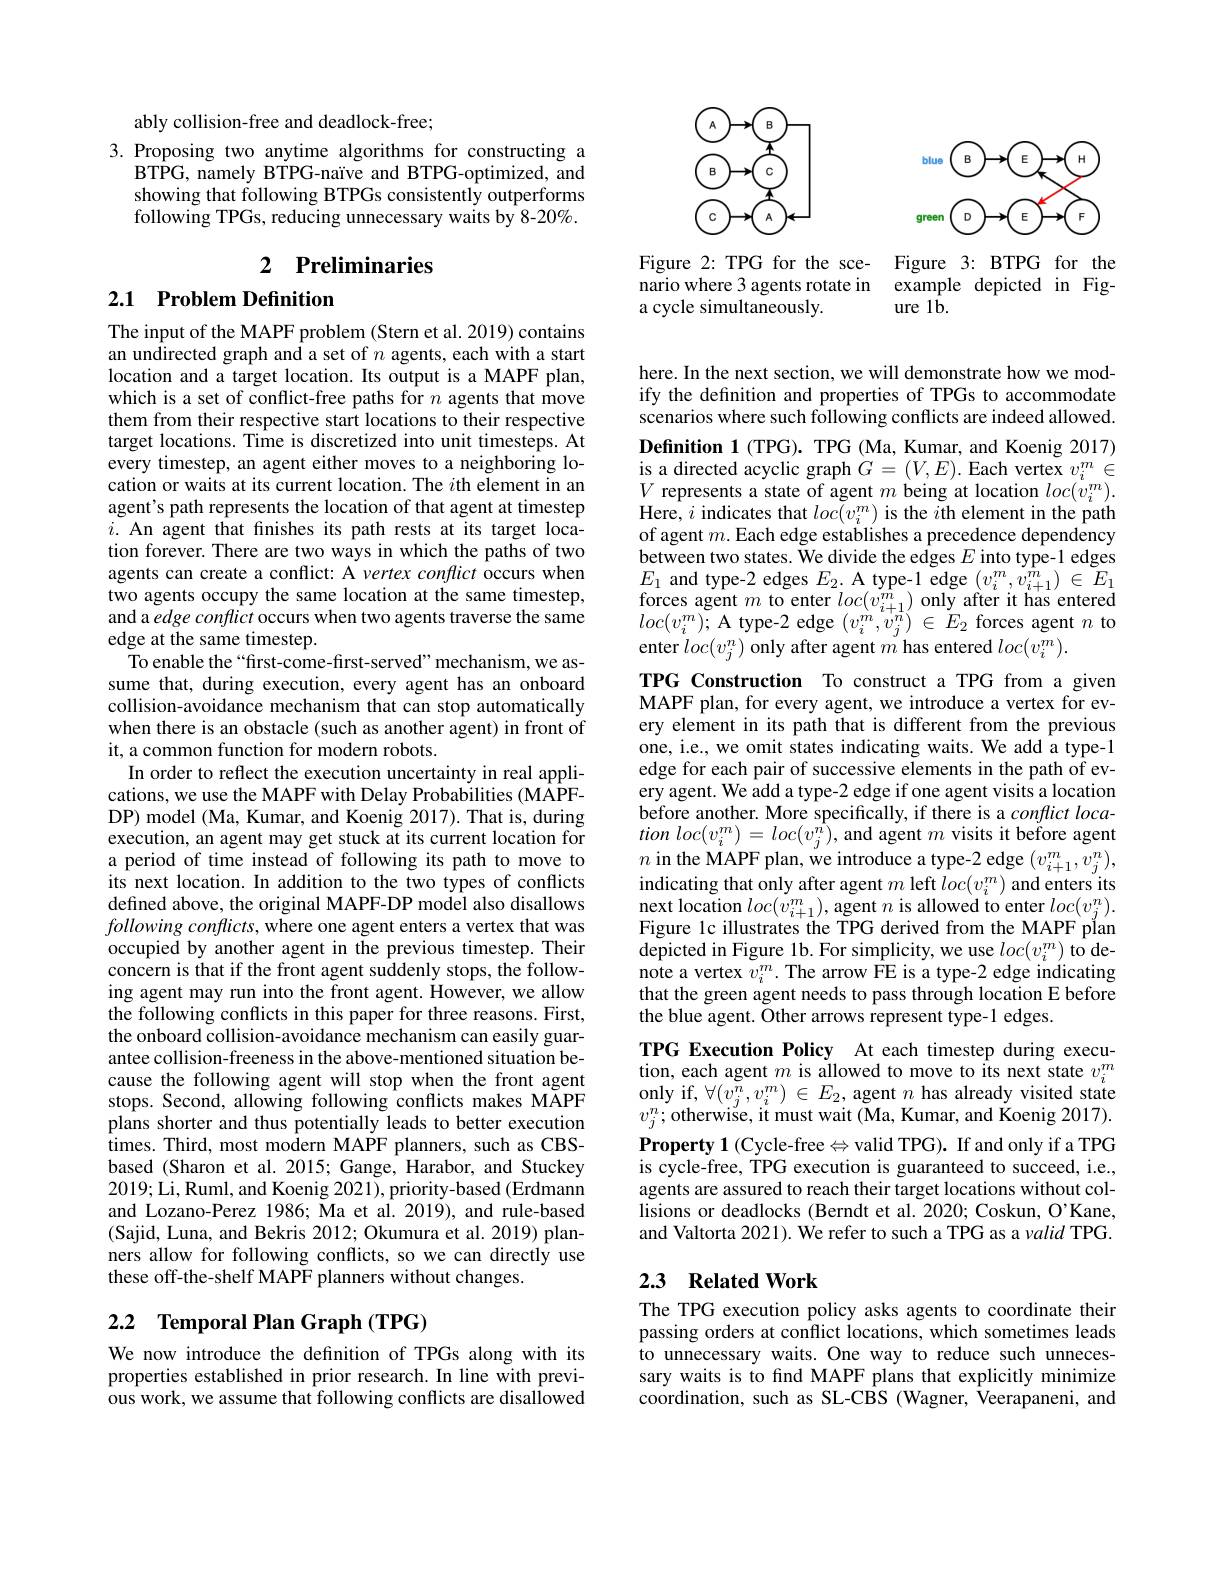
<FigureHere>

Figure 2: TPG for the sce-
nario where 3 agents rotate in example depicted in Fig-
a cycle simultaneously.

<FigureHere>

Figure 3: BTPG for the
ure 1$\hat{\mathbf{b}}.$

ably collision-free and deadlock-free;

3. Proposing two anytime algorithms for constructing a
BTPG, namely BTPG-naïve and BTPG-optimized, and showing that following BTPGs consistently outperforms following TPGs, reducing unnecessary waits by 8-20%.

## 2 $\textbf{Preliminaries}$

## 2.1 Problem Definition

The input of the MAPF problem (Stern et al. 2019) contains an undirected graph and a set of $n$ agents, each with a start location and a target location. Its output is a MAPF plan, which is a set of conflict-free paths for $n$ agents that move them from their respective start locations to their respective target locations. Time is discretized into unit timesteps. At every timestep, an agent either moves to a neighboring location or waits at its current location. The $i$th element in an agent's path represents the location of that agent at timestep $i.$ An agent that finishes its path rests at its target location forever. There are two ways in which the paths of two agents can create a conflict: A vertex conflict occurs when two agents occupy the same location at the same timestep, and a edge conflict occurs when two agents traverse the same edge at the same timestep.
To enable the“first-come-first-served”mechanism, we assume that, during execution, every agent has an onboard collision-avoidance mechanism that can stop automatically when there is an obstacle (such as another agent) in front of it, a common function for modern robots.
In order to reflect the execution uncertainty in real applications, we use the MAPF with Delay Probabilities (MAPFDP) model (Ma, Kumar, and Koenig 2017). That is, during execution, an agent may get stuck at its current location for a period of time instead of following its path to move to its next location. In addition to the two types of conflicts defined above, the original MAPF-DP model also disallows $following\textit{conflicts, where one agent enters a vertex that was}$ occupied by another agent in the previous timestep. Their concern is that if the front agent suddenly stops, the following agent may run into the front agent. However, we allow the following conflicts in this paper for three reasons. First, the onboard collision-avoidance mechanism can easily guarantee collision-freeness in the above-mentioned situation because the following agent will stop when the front agent stops. Second, allowing following conflicts makes MAPF plans shorter and thus potentially leads to better execution times. Third, most modern MAPF planners, such as CBSbased (Sharon et al. 2015; Gange, Harabor, and Stuckey 2019; Li, Ruml, and Koenig 2021), priority-based (Erdmann and Lozano-Perez 1986; Ma et al. 2019), and rule-based (Sajid, Luna, and Bekris 2012; Okumura et al. 2019) planners allow for following conflicts, so we can directly use these off-the-shelf MAPF planners without changes.

# 2.2 Temporal Plan Graph (TPG)

We now introduce the definition of TPGs along with its properties established in prior research. In line with previous work, we assume that following conflicts are disallowed

here. In the next section, we will demonstrate how we modify the definition and properties of TPGs to accommodate scenarios where such following conflicts are indeed allowed. Definition 1 (TPG). TPG (Ma, Kumar, and Koenig 2017) $\begin{array}{l}{\mathrm{is~a~directed~acyclic~graph~}G=(V,E).~\mathrm{Each~vertex~}v_{i}^{m}\in}\\{V~\mathrm{represents~a~state~of~agent~}m~\mathrm{being~at~location~}loc(v_{i}^{m}).}\end{array}$ Here, $i$ indicates that $loc(v_{i}^{m})$ is the $i$th element in the path of agent $m.$ Each edge establishes a precedence dependency between two states. We divide the edges $E$ into type-1 edges $E_{1}$ and type-2 edges $E_{2.}$ A type-1 edge $(v_i^{m},v_{i+1}^{m})\in E_{1}$ $\begin{array}{l}{\mathrm{forces~agent~}m~\mathrm{to~enter~}loc(v_{i+1}^{m})~only~after~it~has~entered}\\{loc(v_{i}^{m});~\mathrm{A~type-2~edge~}(v_{i}^{m},v_{j}^{n})~\in~E_{2}~\mathrm{forces~agent~}n~\mathrm{to}}\end{array}$ enter $loc(v_{j}^{n})$ only after agent $m$ has entered $loc(v_{i}^{m}).$

TPG Construction To construct a TPG from a given MAPF plan, for every agent, we introduce a vertex for every element in its path that is different from the previous one, i.e., we omit states indicating waits. We add a type-1 edge for each pair of successive elements in the path of every agent. We add a type-2 edge if one agent visits a location $tion\textit{loc}( v_{i}^{m}) = loc( v_{j}^{n}) $,and agent $m$ visits it before agent $n$ in the MAPF plan, we introduce a type-2 edge $(v_i+1^m,v_j^n)$, indicating that only after agent $m$ left $loc(v_i^m)$ and enters its ${\text{next location }loc(v_{i+1}^{m}),\mathrm{agent~}n\mathrm{~is~allowed~to~enter~}loc(v_{j}^{n}).}$ Figure 1c illustrates the TPG derived from the MAPF plan depicted in Figure 1b. For simplicity, we use $loc(v_{i}^{m})$ to denote a vertex $v_i^m.$ The arrow FE is a type-2 edge indicating that the green agent needs to pass through location E before the blue agent. $\v {O}$ther arrows represent type- 1 edges.
TPG Execution Policy At each timestep during execution, each agent $m$ is allowed to move to its next state $v_i^m$ only if, $\forall(v_j^n,v_i^m)\in E_2$, agent $n$ has already visited state $v_{j}^{n};$otherwise, it must wait (Ma, Kumar, and Koenig 2017). $\textbf{Property 1}($Cycle-free$\Leftrightarrow$valid TPG).If and only if a TPG is cycle-free, TPG execution is guaranteed to succeed, i.e., agents are assured to reach their target locations without collisions or deadlocks (Berndt et al. 2020; Coskun, O'Kane, and Valtorta 2021). We refer to such a TPG as a valid TPG 2.3 Related Work

The TPG execution policy asks agents to coordinate their passing orders at conflict locations, which sometimes leads to unnecessary waits. One way to reduce such unnecessary waits is to find MAPF plans that explicitly minimize coordination, such as SL-CBS (Wagner, $\dot{\text{Veerapaneni, and}}$